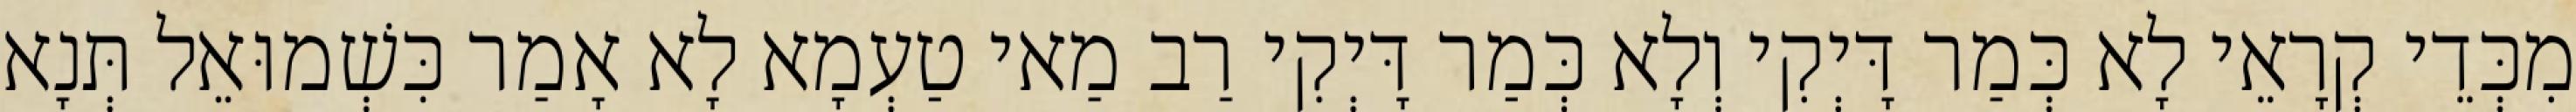
מִכְּדֵי קְרָאֵי לָא כְּמַר דָּיְקִי וְלָא כְּמַר דָּיְקִי רַב מַאי טַעְמָא לָא אָמַר כִּשְׁמוּאֵל תְּנָא